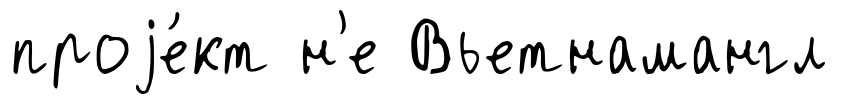
проjе́кт н'е Вьетнамангл